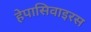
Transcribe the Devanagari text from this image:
हेपासिवाइरस